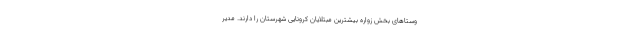
وستاهای بخش زواره بیشترین مبتلایان کرونایی شهرستان را دارند. مدیر